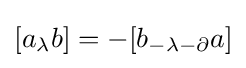
[a_{\lambda }b]=-[b_{-\lambda -\partial }a]